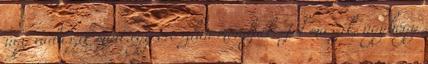
úgy vadászik mint egy oroszlán mondjuk. Jól mászik, úgyhogy